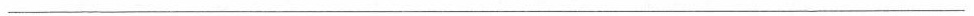
___